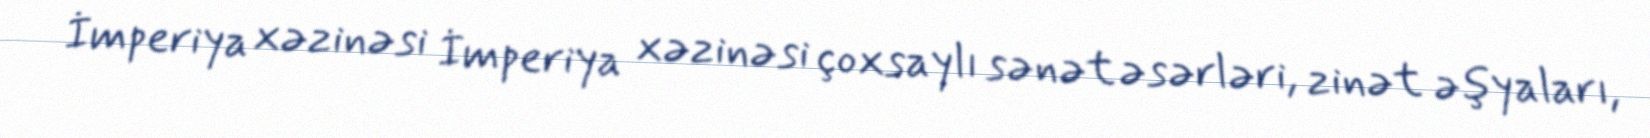
İmperiya xəzinəsi İmperiya xəzinəsi çoxsaylı sənət əsərləri, zinət əşyaları,